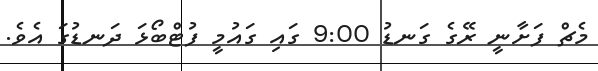
މެޗް ފަށާނީ ރޭގެ ގަނޑު 9:00 ގަައި ގައުމީ ފުޓްބޯޅަ ދަނޑުގަ އެވެ.